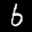
Label: 6